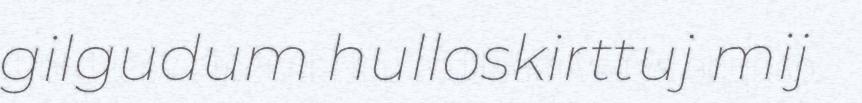
gilgudum hulloskirttuj mij